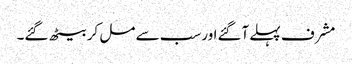
مشرف پہلے آگئےاورسب سے مل کر بیٹھ گئے۔